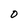
Character: O